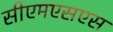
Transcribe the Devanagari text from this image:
सीएमएसएस